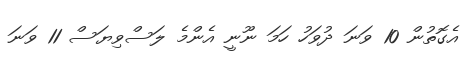
އެގޮތުން 10 ވަނަ ދުވަހު ހަމަ ނޫނީ އެންމެ ލަސްވިޔަސް 11 ވަނަ